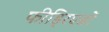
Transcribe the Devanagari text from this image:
फीड्रिएडों